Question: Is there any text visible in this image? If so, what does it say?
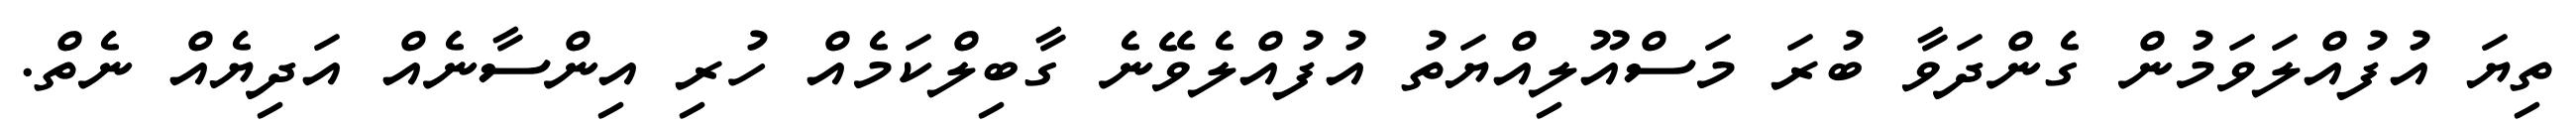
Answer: ތިޔަ އުފުއްލަވަމުން ގެންދަވާ ބުރަ މަސްއޫލިއްޔަތު އުފުއްލެވޭނެ ގާބިލްކަމެއް ހުރި އިންސާނެއް އަދިޔެއް ނެތް.